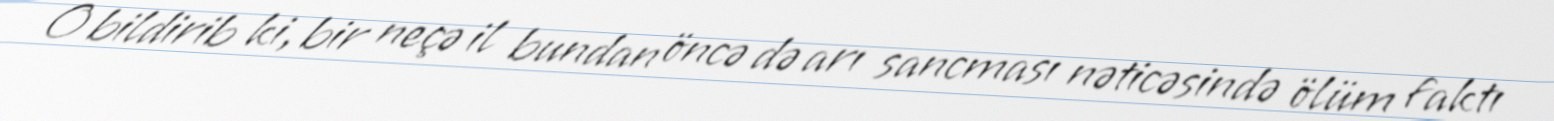
O bildirib ki, bir neçə il bundan öncə də arı sancması nəticəsində ölüm faktı